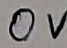
Text: 0V